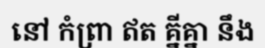
នៅ កំព្រា ឥត គ្នីគ្នា នឹង